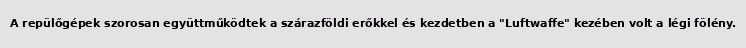
A repülőgépek szorosan együttműködtek a szárazföldi erőkkel és kezdetben a "Luftwaffe" kezében volt a légi fölény.